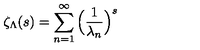
\zeta _ { \Lambda } ( s ) = \sum _ { n = 1 } ^ { \infty } \Big ( \frac { 1 } { \lambda _ { n } } \Big ) ^ { s }